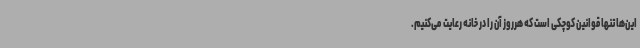
این‌ها تنها قوانین کوچکی است که هرروز آن را در خانه رعایت می‌کنیم.